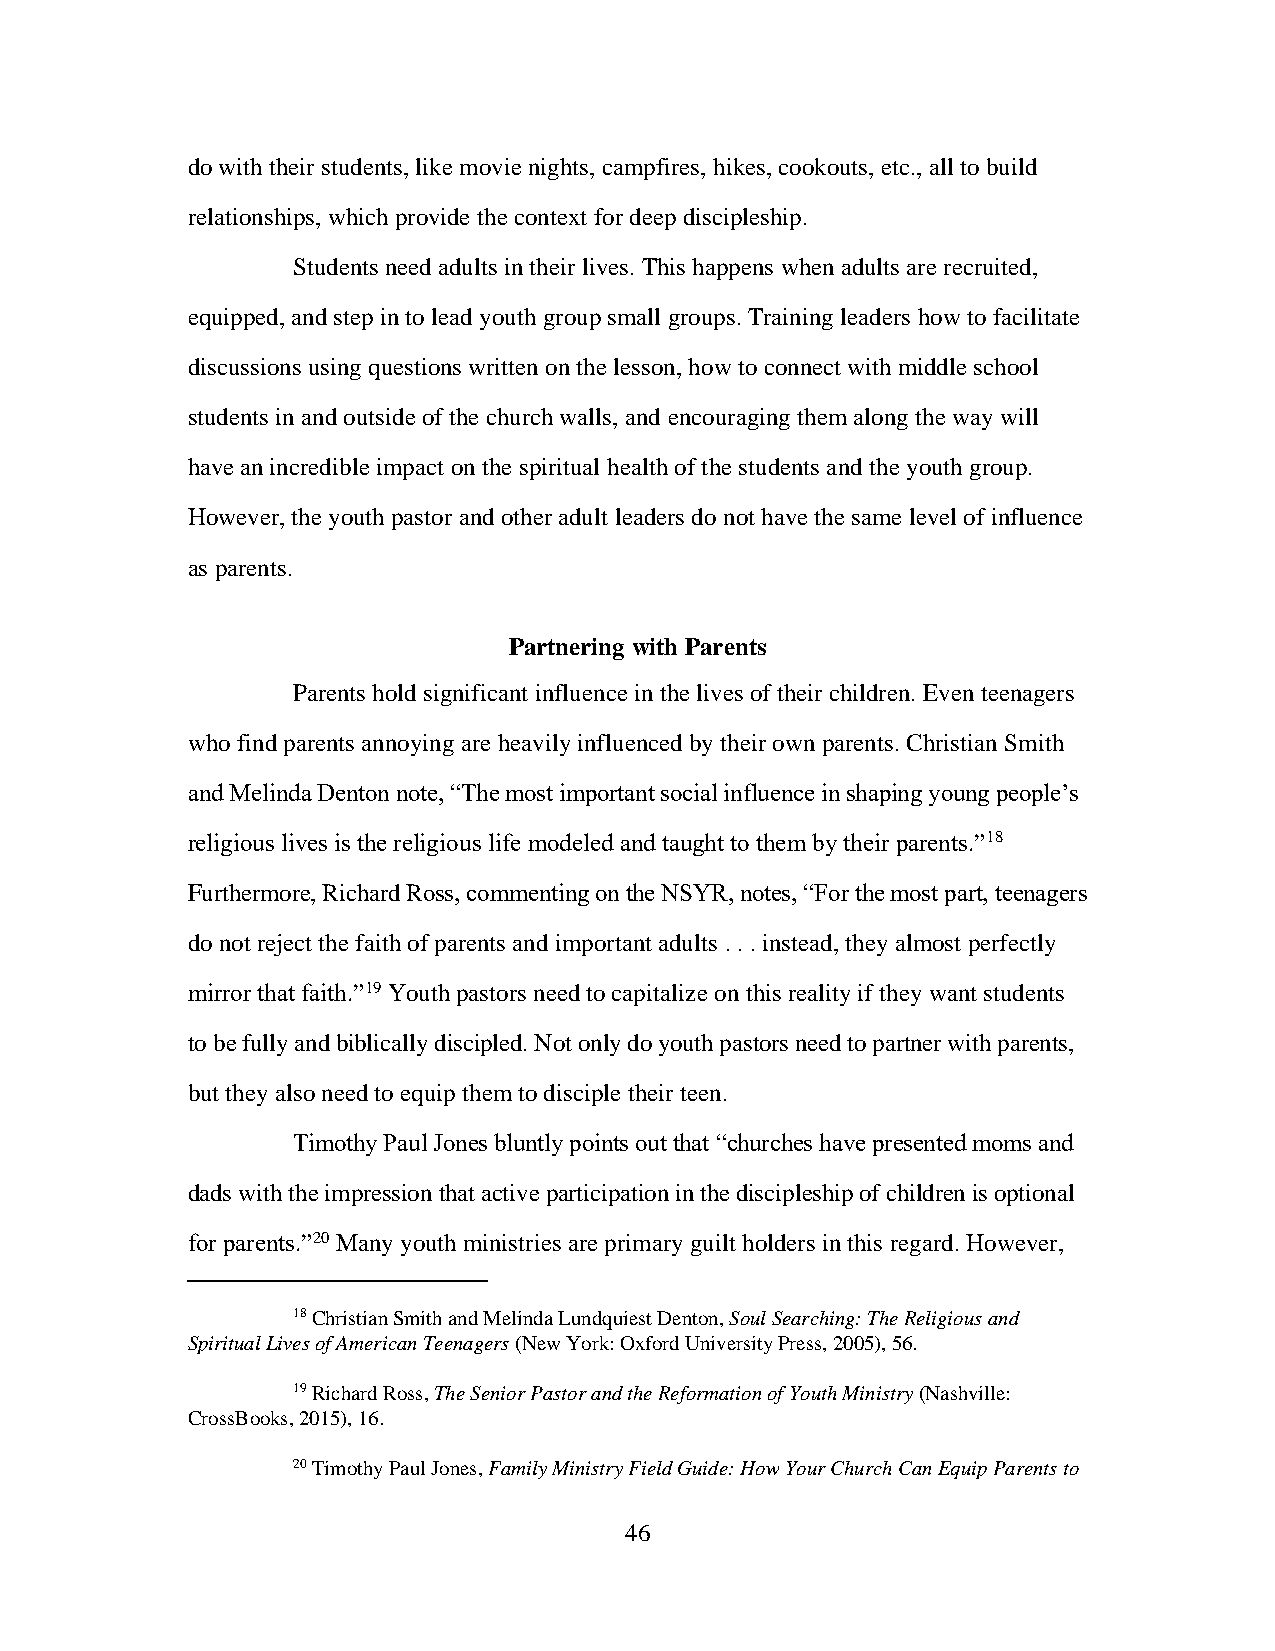
do with their students, like movie nights, campfires, hikes, cookouts, etc., all to build
 relationships, which provide the context for deep discipleship.
 Students need adults in their lives. This happens when adults are recruited,
 equipped, and step in to lead youth group small groups. Training leaders how to facilitate
 discussions using questions written on the lesson, how to connect with middle school
 students in and outside of the church walls, and encouraging them along the way will
 have an incredible impact on the spiritual health of the students and the youth group.
 However, the youth pastor and other adult leaders do not have the same level of influence
 as parents.
 Partnering with Parents
 Parents hold significant influence in the lives of their children. Even teenagers
 who find parents annoying are heavily influenced by their own parents. Christian Smith
 and Melinda Denton note, “The most important social influence in shaping young people’s
 religious lives is the religious life modeled and taught to them by their parents.”18
 Furthermore, Richard Ross, commenting on the NSYR, notes, “For the most part, teenagers
 do not reject the faith of parents and important adults . . . instead, they almost perfectly
 mirror that faith.”19 Youth pastors need to capitalize on this reality if they want students
 to be fully and biblically discipled. Not only do youth pastors need to partner with parents,
 but they also need to equip them to disciple their teen.
 Timothy Paul Jones bluntly points out that “churches have presented moms and
 dads with the impression that active participation in the discipleship of children is optional
 for parents.”20 Many youth ministries are primary guilt holders in this regard. However,
 18 Christian Smith and Melinda Lundquiest Denton, Soul Searching: The Religious and
 Spiritual Lives of American Teenagers (New York: Oxford University Press, 2005), 56.
 19 Richard Ross, The Senior Pastor and the Reformation of Youth Ministry (Nashville:
 CrossBooks, 2015), 16.
 20 Timothy Paul Jones, Family Ministry Field Guide: How Your Church Can Equip Parents to
 46